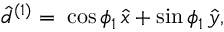
\hat { d } ^ { ( 1 ) } = \; \cos \phi _ { 1 } \, \hat { x } + \sin \phi _ { 1 } \, \hat { y } ,